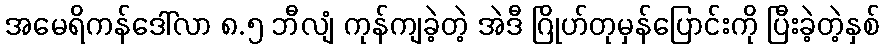
အမေရိကန်ဒေါ်လာ ၈.၅ ဘီလျံ ကုန်ကျခဲ့တဲ့ အဲဒီ ဂြိုဟ်တုမှန်ပြောင်းကို ပြီးခဲ့တဲ့နှစ်